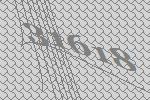
31618